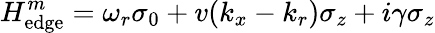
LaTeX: H_{\mathrm{edge}}^{m}=\omega_{r}\sigma_{0}+v(k_{x}-k_{r})\sigma_{z}+i\gamma\sigma_{z}